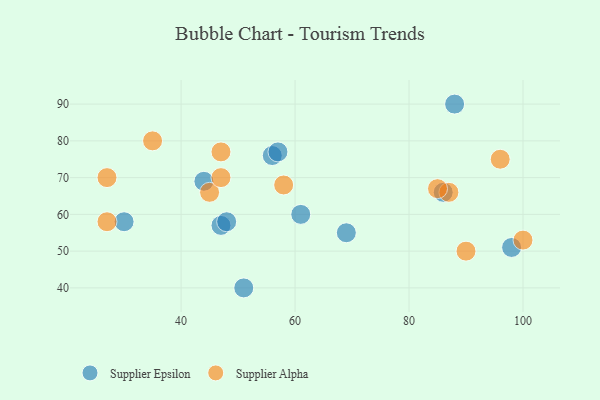
{"axis": {"x": "GDP", "y": "Life Expectancy"}, "legend": ["Supplier Alpha", "Supplier Epsilon"], "data": [{"x": "56", "y": 76, "type": "Supplier Epsilon"}, {"x": "57", "y": 77, "type": "Supplier Epsilon"}, {"x": "88", "y": 90, "type": "Supplier Epsilon"}, {"x": "69", "y": 55, "type": "Supplier Epsilon"}, {"x": "47", "y": 57, "type": "Supplier Epsilon"}, {"x": "48", "y": 58, "type": "Supplier Epsilon"}, {"x": "61", "y": 60, "type": "Supplier Epsilon"}, {"x": "98", "y": 51, "type": "Supplier Epsilon"}, {"x": "51", "y": 40, "type": "Supplier Epsilon"}, {"x": "44", "y": 69, "type": "Supplier Epsilon"}, {"x": "30", "y": 58, "type": "Supplier Epsilon"}, {"x": "86", "y": 66, "type": "Supplier Epsilon"}, {"x": "90", "y": 50, "type": "Supplier Alpha"}, {"x": "100", "y": 53, "type": "Supplier Alpha"}, {"x": "27", "y": 58, "type": "Supplier Alpha"}, {"x": "87", "y": 66, "type": "Supplier Alpha"}, {"x": "85", "y": 67, "type": "Supplier Alpha"}, {"x": "96", "y": 75, "type": "Supplier Alpha"}, {"x": "45", "y": 66, "type": "Supplier Alpha"}, {"x": "47", "y": 77, "type": "Supplier Alpha"}, {"x": "58", "y": 68, "type": "Supplier Alpha"}, {"x": "35", "y": 80, "type": "Supplier Alpha"}, {"x": "27", "y": 70, "type": "Supplier Alpha"}, {"x": "47", "y": 70, "type": "Supplier Alpha"}]}